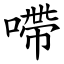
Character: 㗣